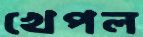
খেপল